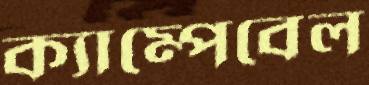
ক্যাম্পেবেল